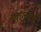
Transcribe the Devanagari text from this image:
स्पर्शेंद्रिय